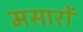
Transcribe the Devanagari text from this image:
मसारों